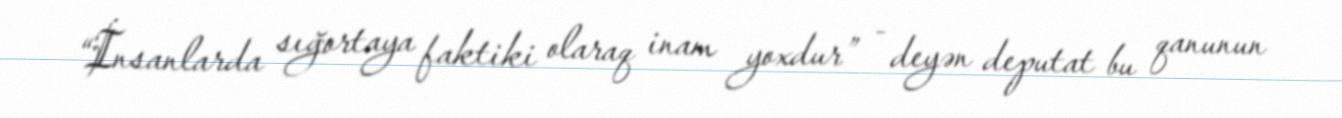
“İnsanlarda sığortaya faktiki olaraq inam yoxdur” - deyən deputat bu qanunun